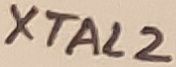
Text: XTAL2